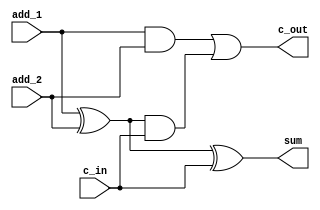
//This is gate-level descriptionn of one-bit full adder
module one_bit_full_adder(
	input wire add_1,
	input wire add_2,
	input wire c_in,
	output wire sum,
	output wire c_out
);
wire temp_1;//template valuue
wire temp_2;
wire temp_3;
xor xor_1 (temp_1, add_1, add_2);
xor xor_2 (sum , temp_1, c_in);

and and_1 (temp_2, add_1, add_2);
and and_2 (temp_3, temp_1, c_in);
or or_1 (c_out, temp_2, temp_3);

endmodule